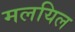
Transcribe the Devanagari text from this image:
मलयिल